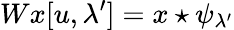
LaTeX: Wx[u,\lambda^{\prime}]=x\star\psi_{\lambda^{\prime}}